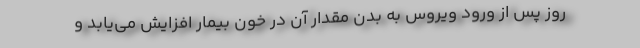
روز پس از ورود ویروس به بدن مقدار آن در خون بیمار افزایش می‌یابد و